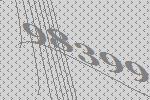
98399